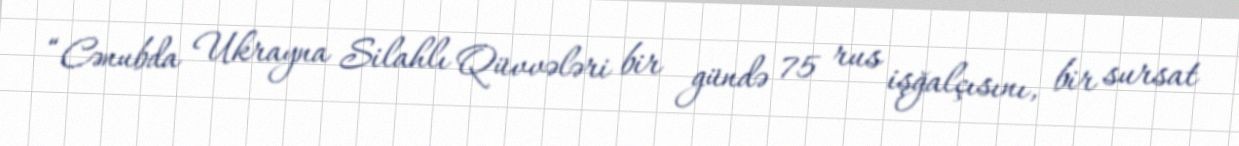
“Cənubda Ukrayna Silahlı Qüvvələri bir gündə 75 rus işğalçısını, bir sursat